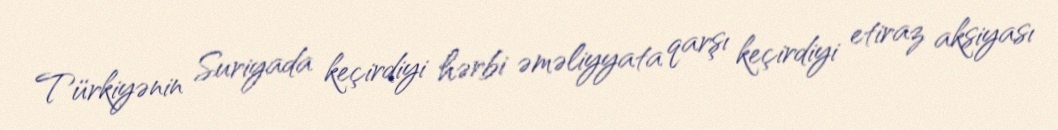
Türkiyənin Suriyada keçirdiyi hərbi əməliyyata qarşı keçirdiyi etiraz aksiyası